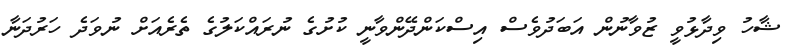
ޝާހު ވިދާޅުވީ ޒުވާނުން އަބަދުވެސް އިސްކަންދޭންވާނީ ކުށުގެ ނުރައްކަލުގެ ތެރެއަށް ނުވަދެ ހަރުދަނާ